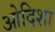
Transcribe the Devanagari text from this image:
ओदिशा